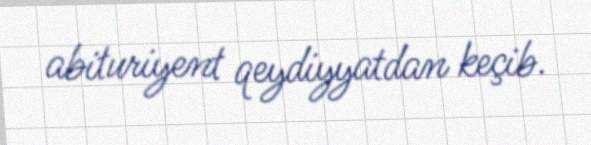
abituriyent qeydiyyatdan keçib.